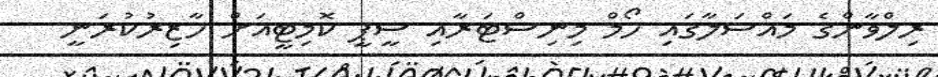
ރިލްވާންގެ މައްސަލާގައި ހޯމް މިނިސްޓަރާއި ސީޕީ ކޮމިޓީއަށް ހާޒިރުކުރަނީ